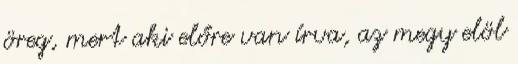
öreg, mert aki előre van írva, az megy elöl